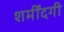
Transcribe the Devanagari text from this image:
शर्मींदगी